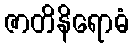
ဇာတိနိရောဓံ